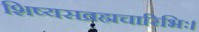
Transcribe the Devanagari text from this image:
शिष्यसव्रह्मचारिभिः।